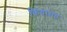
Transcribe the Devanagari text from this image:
कियामत